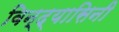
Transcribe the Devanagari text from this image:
विन्द्यासिनी